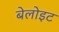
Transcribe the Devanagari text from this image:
बेलोइट